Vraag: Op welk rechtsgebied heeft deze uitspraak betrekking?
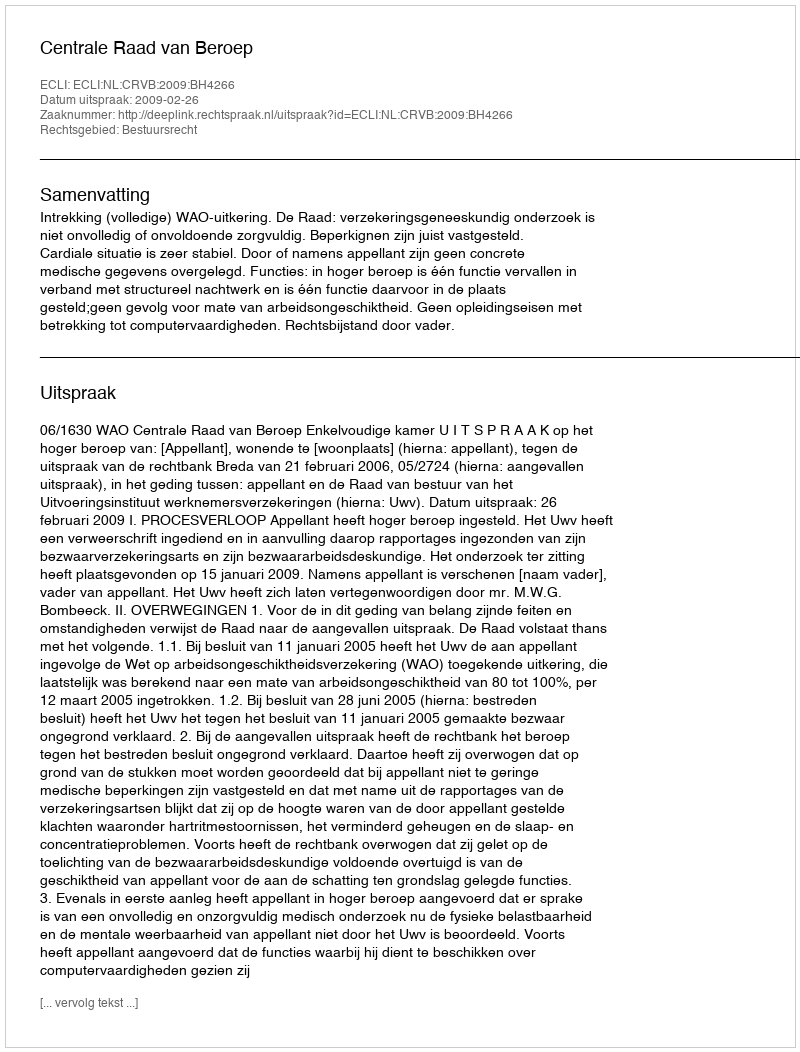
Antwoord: Bestuursrecht